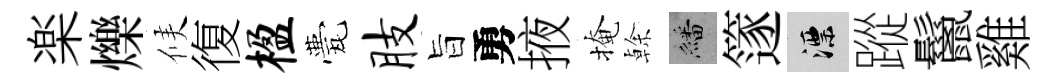
楽爍候復楹甍肢旨勇掖掩𠏉繙篴漂蹤鬣雞